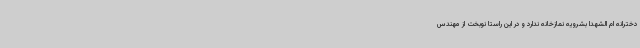
دخترانه ام الشهدا بشرویه نمازخانه ندارد و در این راستا نوبخت از مهندس